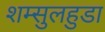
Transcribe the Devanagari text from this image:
शम्सुलहुडा